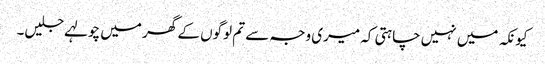
کیونکہ میں نہیں چاہتی کہ میری وجہ سے تم لوگوں کے گھر میں چولہے جلیں۔